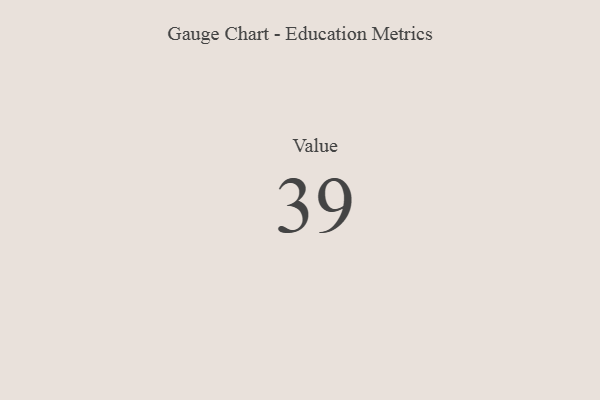
{"axis": {"x": "Metric", "y": "Value"}, "legend": [""], "data": [{"x": "Value", "y": 39, "type": ""}]}